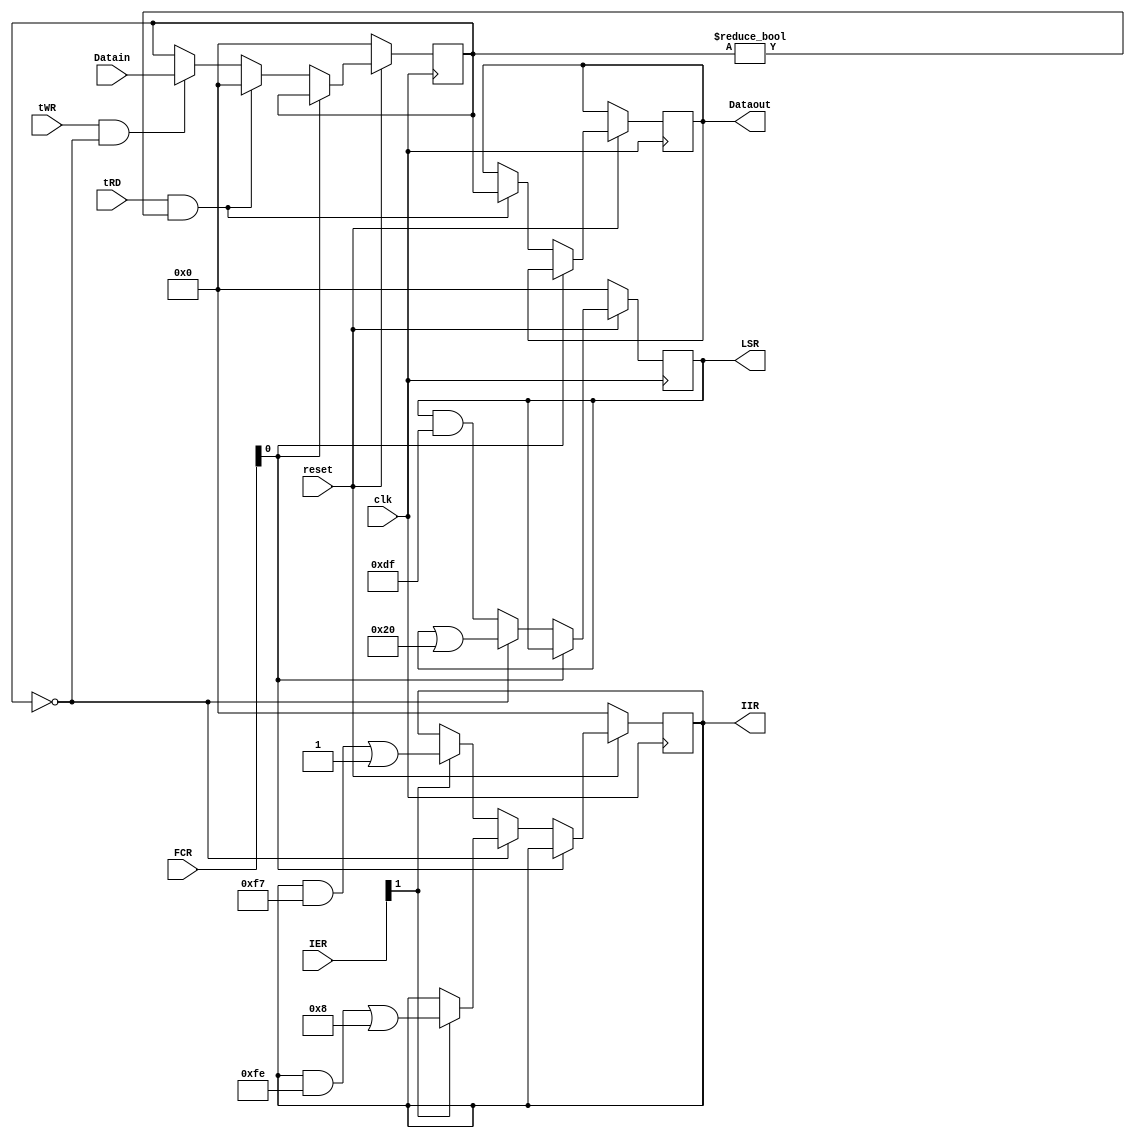
`timescale 1ns / 1ps
//////////////////////////////////////////////////////////////////////////////////
// Company: 
// Engineer: 
// 
// Design Name: 
// Module Name:    Register_T 
// Project Name: 
// Target Devices: 
// Tool versions: 
// Description: 
//
// Dependencies: 
//
// Revision: 
// Revision 0.01 - File Created
// Additional Comments: 
//
//////////////////////////////////////////////////////////////////////////////////
module Register_T(clk,reset,tWR,tRD,Datain,Dataout,FCR,IER,IIR,LSR);

input clk;
input reset;
input tWR;
input tRD;
input [7:0] Datain;
input [7:0] IER;
input [7:0] FCR;

output reg [7:0] Dataout;
output reg [7:0] IIR;
output reg [7:0] LSR;

initial LSR = 8'b00000000;
initial IIR = 8'b00000000; 

reg [7:0] TDR;

always @(posedge clk) 
begin
    if (~reset) 
	 begin
        TDR <= 8'b0;
        LSR <= 8'b0;
        IIR <= 8'b0;
    end 
	 else if(FCR[0]==0)
	 begin 
        if (tWR && TDR == 8'd0) 
		  begin
            TDR <= Datain;
        end

        if (tRD && TDR != 0) 
		  begin
            Dataout <= TDR;
				TDR <= 0;
        end

        if (TDR == 8'b0) 
		  begin
		    LSR <= LSR | 8'b00100000; // TDR is empty
			 if(IER[1]==1)
			   begin
				IIR <= (IIR & 8'b11111110) | 8'b00001000; // TDR is empty enable interrupt pending
				end
		  end 
		  
		  else 
		  begin
		    LSR <= LSR & 8'b11011111; // TDR is not empty
			 if(IER[1]==1)
				IIR <= (IIR & 8'b11110111) | 8'b00000001; // interrupt is not pending
		  end
    end
end

endmodule